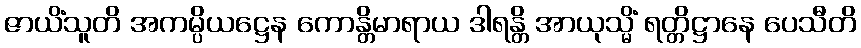
ဇာယိံသူတိ အကမ္ပိယဋ္ဌေန ကောန္တိမာရာယ ဒါရန္တိ အာယုသ္မိံ ရတ္တိဋ္ဌာနေ ပေသီတိ